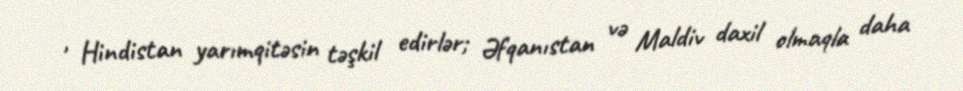
, Hindistan yarımqitəsin təşkil edirlər; Əfqanıstan və Maldiv daxil olmaqla daha